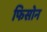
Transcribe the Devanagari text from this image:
फिसोन